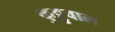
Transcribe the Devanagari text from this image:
कुट्टुवाल